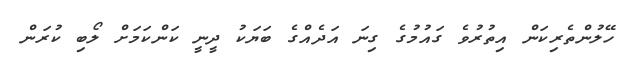
ހޭލުންތެރިކަން އިތުރުވެ ގައުމުގެ ގިނަ އަދެއްގެ ބަޔަކު ދީނީ ކަންކަމަށް ލޯބި ކުރަން